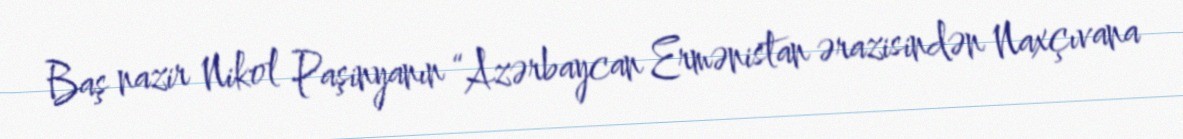
Baş nazir Nikol Paşinyanın “Azərbaycan Ermənistan ərazisindən Naxçıvana